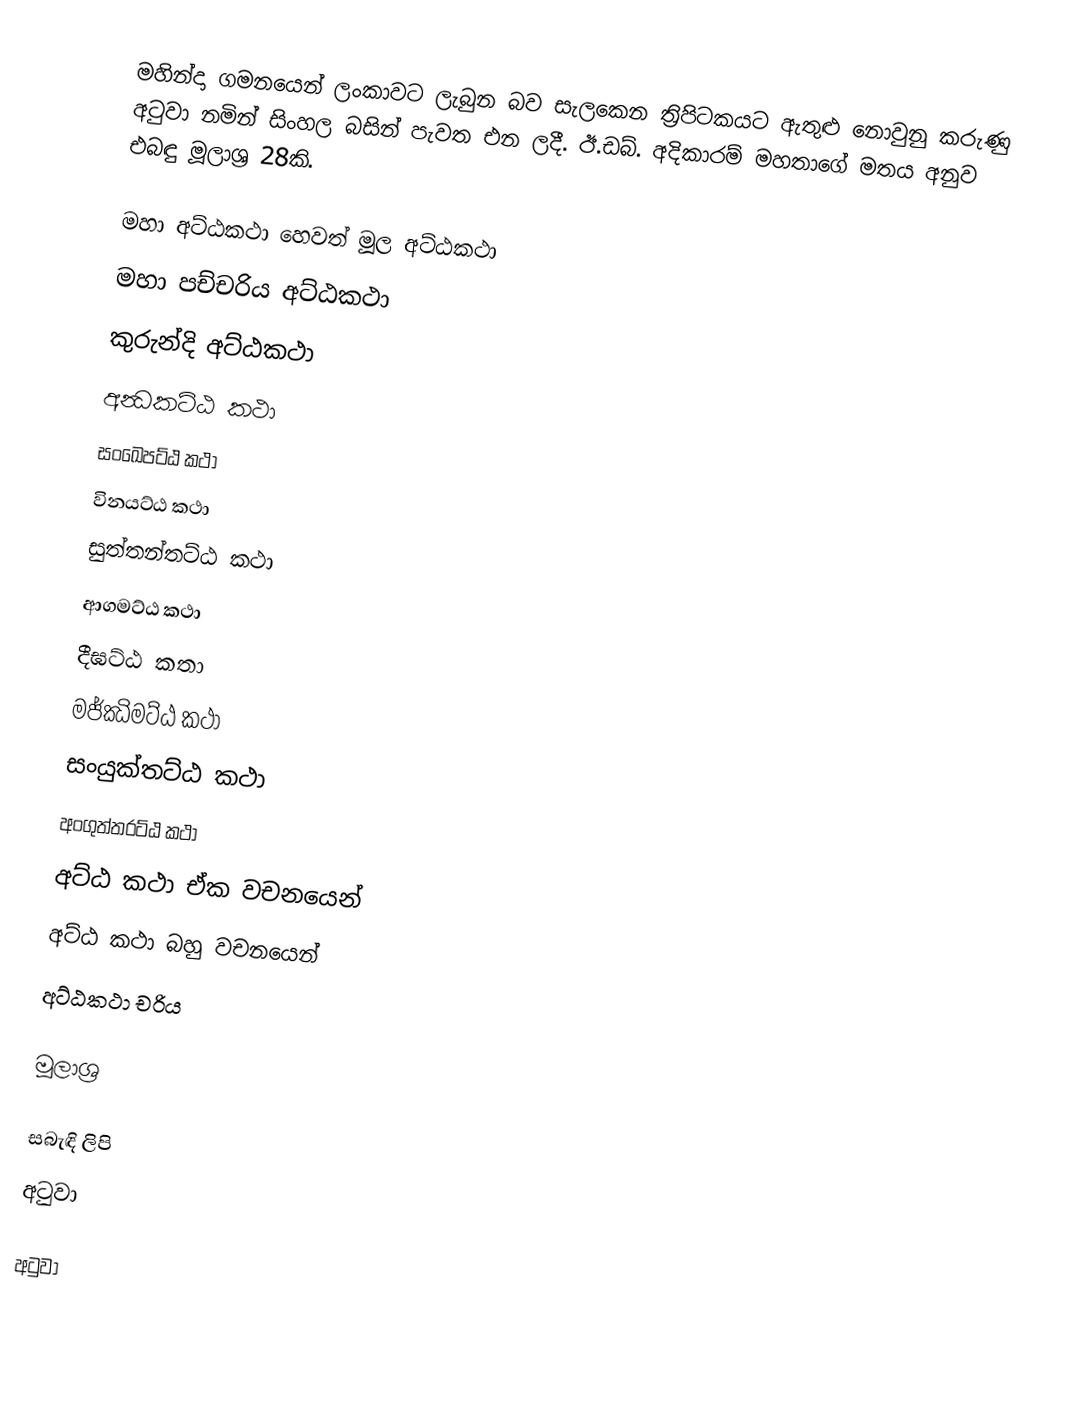
මහින්දා ගමනයෙන් ලංකාවට ලැබුන බව සැලකෙන ත්‍රිපිටකයට ඇතුළු නොවුනු කරුණු අටුවා නමින් සිංහල බසින් පැවත එන ලදී. ඊ.ඩබ්. අදිකාරම් මහතාගේ මතය අනුව එබඳු මූලාශ්‍ර 28කි.

 මහා අට්ඨකථා හෙවත් මූල අට්ඨකථා
 මහා පච්චරිය අට්ඨකථා
 කුරුන්දි අට්ඨකථා
 අන්‍ධකට්ඨ කථා
 සංඛෙපට්ඨ කථා
 විනයට්ඨ කථා
 සුත්තන්තට්ඨ කථා
 ආගමට්ඨ කථා
 දීඝට්ඨ කතා
 මජ්ඣිමට්ඨ කථා
 සංයුක්තට්ඨ කථා
 අංගුත්තරට්ඨ කථා
 අට්ඨ කථා ඒක වචනයෙන්
 අට්ඨ කථා බහු වචනයෙන්
 අට්ඨකථා චරිය

මූලාශ්‍ර

සබැඳි ලිපි
 අටුවා

අටුවා